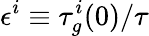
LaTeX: \epsilon^{i}\equiv\tau_{g}^{i}(0)/\tau